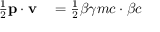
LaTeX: \begin{array} { r l } { { \frac { 1 } { 2 } } \mathbf { p } \cdot \mathbf { v } } & { { } = { \frac { 1 } { 2 } } { \boldsymbol { \beta } } \gamma m c \cdot { \boldsymbol { \beta } } c } \end{array}